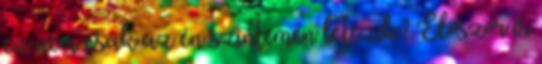
ez nem csak az én szintemen létezik? Először is